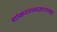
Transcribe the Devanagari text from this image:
शांकरतत्त्वज्ञानाच्या